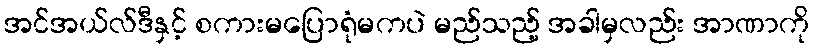
အင်အယ်လ်ဒီနှင့် စကားမပြောရုံမကပဲ မည်သည့် အခါမှလည်း အာဏာကို